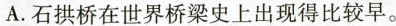
A.石拱桥在世界桥梁史上出现得\underset{·}{比}\underset{·}{较}早。